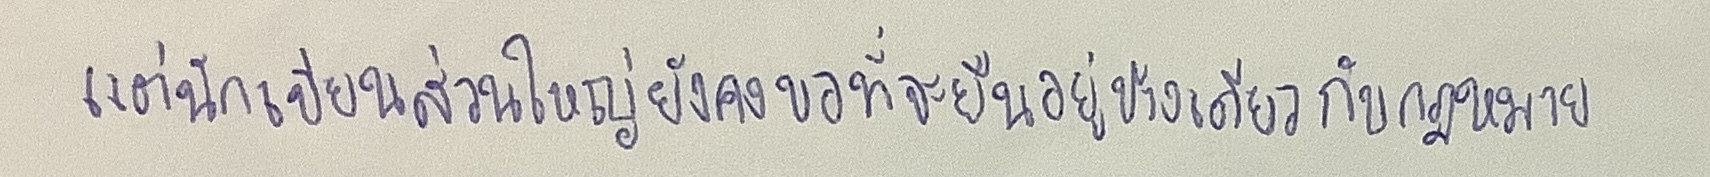
แต่นักเขียนส่วนใหญ่ยังคงขอที่จะยืนอยู่ข้างเดียวกับกฎหมาย